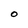
Character: O